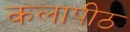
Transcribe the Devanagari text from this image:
कलापीठ